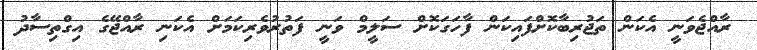
ރާއްޖެވަނީ އެކަން ތަޖުރިބާކޮށްފައިކަން ފާހަގަކޮށް ސަލީމް ވަނީ ފަތުރުވެރިކަމަށް އެކަނި ރާއްޖޭގެ އިގްތިސާދު